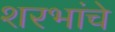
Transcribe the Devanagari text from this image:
शरभांचे